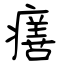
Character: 𤺪